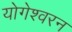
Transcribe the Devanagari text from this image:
योगेश्वरन